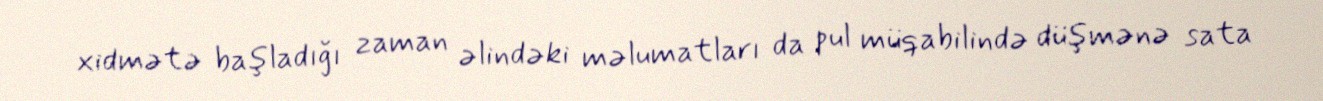
xidmətə başladığı zaman əlindəki məlumatları da pul müqabilində düşmənə sata